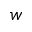
w